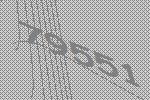
79551